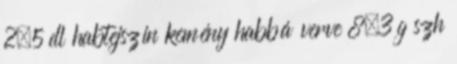
2,5 dl habtejszín kemény habbá verve 8,3 g szh